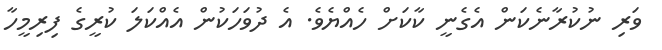
ވަރި ނުކުރާނެކަން އެގެނީ ކާކަށް ހެއްޔެވެ. އެ ދުވަހަކުން އެއްކަލަ ކުރީގެ ފިރިމީހާ